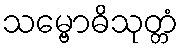
သမ္ဗောဓိသုတ္တံ